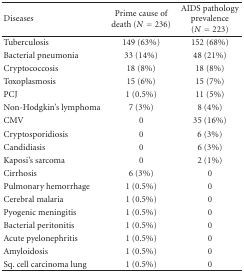
| Diseases | Prime cause of death (N = 236) | AIDS pathology prevalence (N = 223) |
 | --- | --- | --- |
 | Tuberculosis | 149 (63%) | 152 (68%) |
 | Bacterial pneumonia | 33 (14%) | 48 (21%) |
 | Cryptococcosis | 18 (8%) | 18 (8%) |
 | Toxoplasmosis | 15 (6%) | 15 (7%) |
 | PCJ | 1 (0.5%) | 11 (5%) |
 | Non-Hodgkin's lymphoma | 7 (3%) | 8 (4%) |
 | CMV | 0 | 35 (16%) |
 | Cryptosporidiosis | 0 | 6 (3%) |
 | Candidiasis | 0 | 6 (3%) |
 | Kaposi's sarcoma | 0 | 2 (1%) |
 | Cirrhosis | 6 (3%) | 0 |
 | Pulmonary hemorrhage | 1 (0.5%) | 0 |
 | Cerebral malaria | 1 (0.5%) | 0 |
 | Pyogenic meningitis | 1 (0.5%) | 0 |
 | Bacterial peritonitis | 1 (0.5%) | 0 |
 | Acute pyelonephritis | 1 (0.5%) | 0 |
 | Amyloidosis | 1 (0.5%) | 0 |
 | Sq. cell carcinoma lung | 1 (0.5%) | 0 |